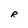
Character: R